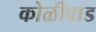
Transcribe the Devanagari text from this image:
कोळीवाड